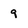
Character: 9